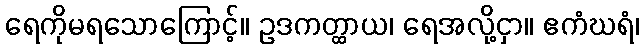
ရေကိုမရသောကြောင့်။ ဥဒကတ္ထာယ၊ ရေအလို့ငှာ။ ဧကံဃရံ၊